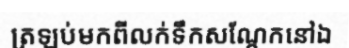
ត្រឡប់មកពីលក់ទឹកសណ្តែកនៅឯ